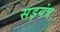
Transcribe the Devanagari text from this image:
सड़यंत्र